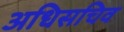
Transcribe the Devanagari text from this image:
अधिसचिव